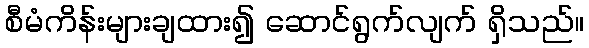
စီမံကိန်းများချထား၍ ဆောင်ရွက်လျက် ရှိသည်။